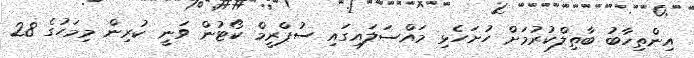
އިންތިހާބު ބާތިލްކުރުމަށް ހުށަހެޅި މައްސަލައިގައި ސުޕްރީމް ކޯޓުން ވަނީ ކުރިން މިމަހުގެ 28